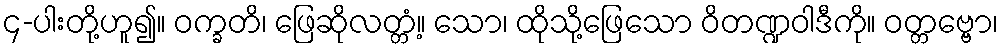
၄-ပါးတို့ဟူ၍။ ဝက္ခတိ၊ ဖြေဆိုလတ္တံ့။ သော၊ ထိုသို့ဖြေသော ဝိတဏ္ဍဝါဒီကို။ ဝတ္တဗ္ဗော၊